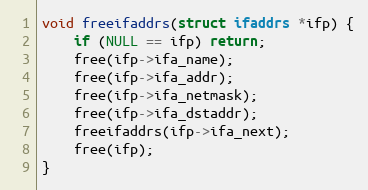
Language: C++
void freeifaddrs(struct ifaddrs *ifp) {
    if (NULL == ifp) return;
    free(ifp->ifa_name);
    free(ifp->ifa_addr);
    free(ifp->ifa_netmask);
    free(ifp->ifa_dstaddr);
    freeifaddrs(ifp->ifa_next);
    free(ifp);
}